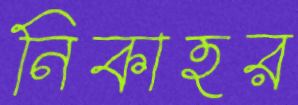
নিকাহর